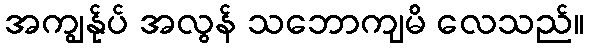
အကျွန်ုပ် အလွန် သဘောကျမိ လေသည်။